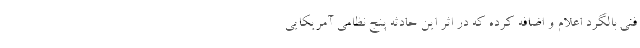
فنی بالگرد اعلام و اضافه کرده که در اثر این حادثه پنج نظامی آمریکایی